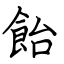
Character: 飴